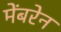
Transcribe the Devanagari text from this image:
मेंबरेन